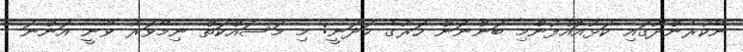
ނޭކުރެންދޫގައި ކަޅުއޮއްފުންމި ބަންނަން ހަރުގެ ހަދަނީ: މި މަސައްކަތް ނިމޭވަރު ވާނީ އަންނަ